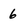
Character: 6